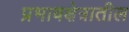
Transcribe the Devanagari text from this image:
प्रभावक्षेत्रातील